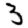
Digit: 3